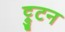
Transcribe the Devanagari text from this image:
ट्रुटन